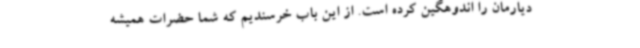
دیارمان را اندوهگین کرده است. از این باب خرسندیم که شما حضرات همیشه